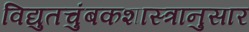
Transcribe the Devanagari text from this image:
विद्युतचुंबकशास्त्रानुसार